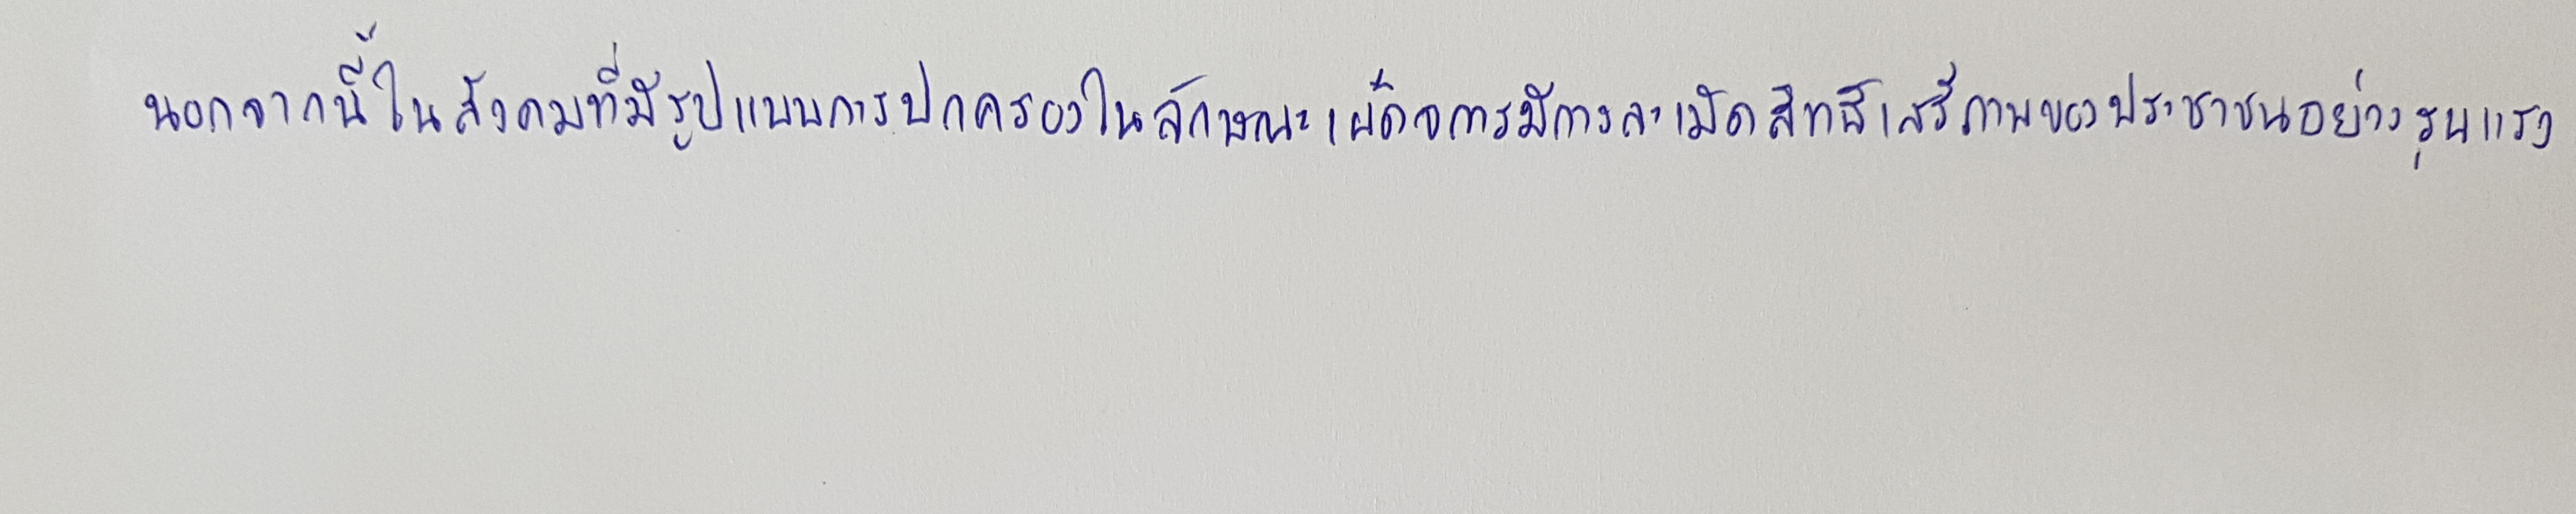
นอกจากนี้ในสังคมที่มีรูปแบบการปกครองในลักษณะเผด็จการมีการละเมิดสิทธิเสรีภาพของประชาชนอย่างรุนแรง